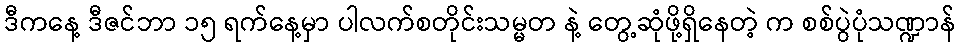
ဒီကနေ့ ဒီဇင်ဘာ ၁၅ ရက်နေ့မှာ ပါလက်စတိုင်းသမ္မတ နဲ့ တွေ့ဆုံဖို့ရှိနေတဲ့ က စစ်ပွဲပုံသဏ္ဍာန်